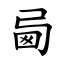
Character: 㢴